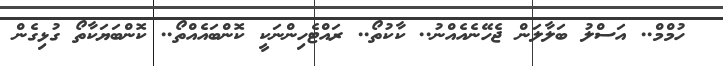
ހުމްމް.. އަސްލު ބަލާލަން ޖެހޭނެއެއްނު.. ކާކުތޯ.. ރައްޓެހިންނަކީ ކޮންބައެއްތޯ.. ކޮންބަޔަކާތޯ ގުޅިގެން